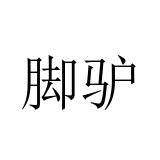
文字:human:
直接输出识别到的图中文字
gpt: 脚驴